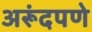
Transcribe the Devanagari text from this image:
अरूंदपणे